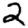
Digit: 2